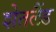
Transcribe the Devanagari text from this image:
शेतलैंड